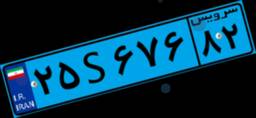
۷۴S۱۲۸۸۸